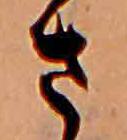
さ